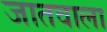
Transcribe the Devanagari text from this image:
जातवाला